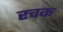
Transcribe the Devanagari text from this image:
रचक